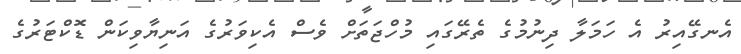
އެނގޭއިރު އެ ހަމަލާ ދިނުމުގެ ތެރޭގައި މުހްޖަތަށް ވެސް އެކިވަރުގެ އަނިޔާވިކަން ޑޮކްޓަރުގެ